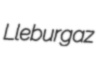
Lleburgaz